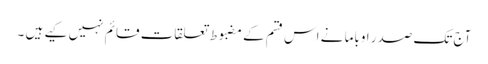
آج تک صدر اوباما نے اس قسم کے مضبوط تعلقات قائم نہیں کیے ہیں ۔